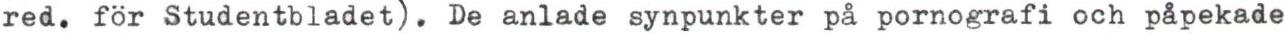
red. för Studentbladet). De anlade synpunkter på pornografi och påpekade